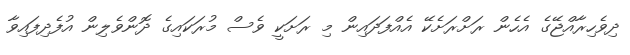
ދިވެހިރާއްޖޭގެ އެހެން ރަށްރަށެކޭ އެއްފަދައިން މި ރަށަކީ ވެސް މުރަކައިގެ ދޮންވެލިން އުފެދިފައިވާ